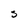
Character: S